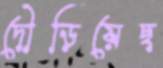
দৌড়িয়েছ